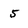
Character: 5